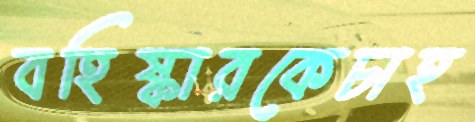
বহিষ্কারকেচাহ